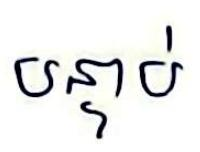
បន្ទាប់